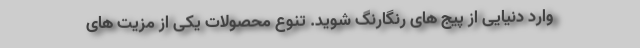
وارد دنیایی از پیج های رنگارنگ شوید. تنوع محصولات یکی از مزیت های